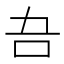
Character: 𭇁